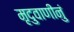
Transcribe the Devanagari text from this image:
मृदुवाणीनुं